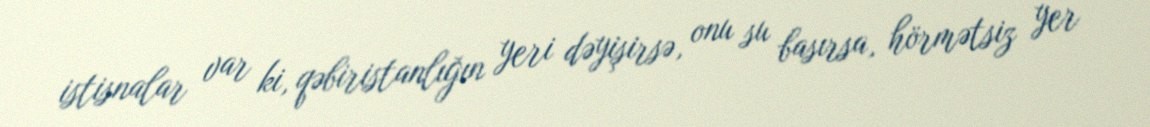
istisnalar var ki, qəbiristanlığın yeri dəyişirsə, onu su basırsa, hörmətsiz yer